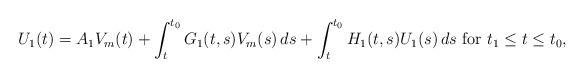
LaTeX: \begin{align*}U_1(t) = A_1 V_m(t) + \int_t^{t_0} G_{1}(t, s) V_m (s) \, ds + \int_t^{t_0} H_{1}(t, s) U_1(s) \, ds \mbox{ for } t_1 \le t \le t_0,\end{align*}